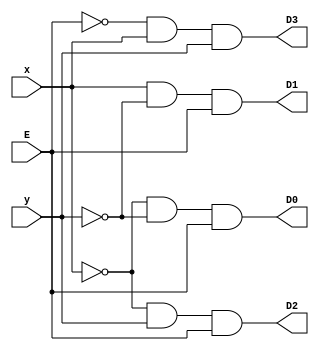
module Decoder2x4(input x, input y, input E, output D0, output D1, output D2, output D3);
   wire nx, ny, nE;
   assign nx = ~x;
   assign ny = ~y;
   assign nE = ~E;

   assign D0 = nx & ny & E;
   assign D1 = x & ny & E;
   assign D2 = nx & y & E;
   assign D3 = nE & x & y;
endmodule